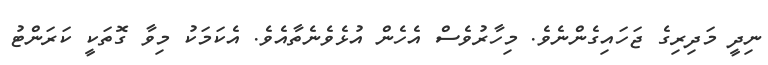
ނިދީ މަދިރިގެ ޖަހައިގެންނެވެ. މިހާރުވެސް އެހެން އުޅެވެނެތާއެވެ. އެކަމަކު މިވާ ގޮތަކީ ކަރަންޓު